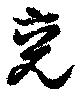
兗